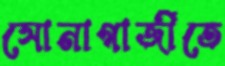
সোনাগাজীতে